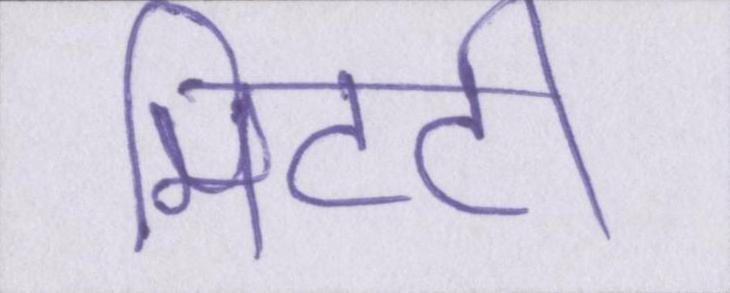
मिटटी